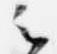
云